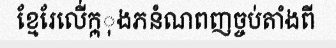
ខ្មែរែលើ់ក្ក្ុងភនំណពញច្ចប់តាំងពី